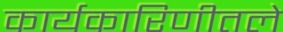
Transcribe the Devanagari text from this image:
कार्यकारिणीतले